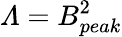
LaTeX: \varLambda=B_{peak}^{2}